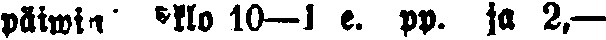
päiwin  klo 10—1 e. pp. ja 2,—